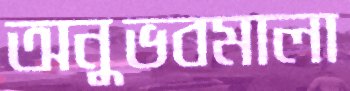
অনুভবমালা